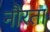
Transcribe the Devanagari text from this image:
नौरता